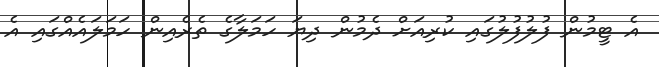
އެ ޓީމުން ފުލުފުލުގައި ކުރިއަށް ދެމުން ދިޔަ ހަމަލާގެ ތެރެއިން ހަމަލައެއްގައި އެ